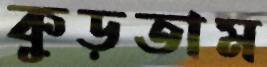
কুড়তাম